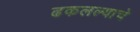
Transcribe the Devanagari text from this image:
ढकलल्याचे